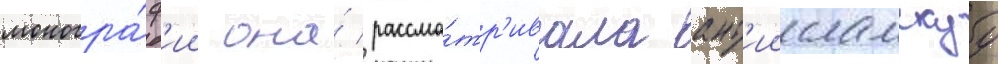
моногра́ф'ии она́ рассма́тр'ивала ант'иисламскуу